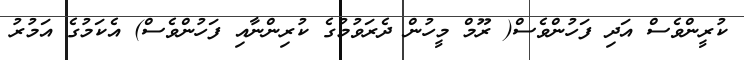
ކުރީންވެސް އަދި ފަހުންވެސް( ރޫމް މީހުން ދެރަވުމުގެ ކުރިންނާއި ފަހުންވެސް) އެކަމުގެ އަމުރު